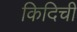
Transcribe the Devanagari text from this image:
किदिची